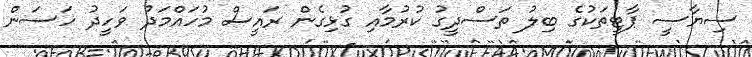
ސިޔާސީ ޕާޓީތަކުގެ ބިލު ތަސްދީގު ކުރުމާއި ގުޅިގެން ރައީސް މުހައްމަދު ވަހީދު ހަސަން